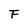
Character: F